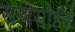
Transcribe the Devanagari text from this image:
सणसोहळे